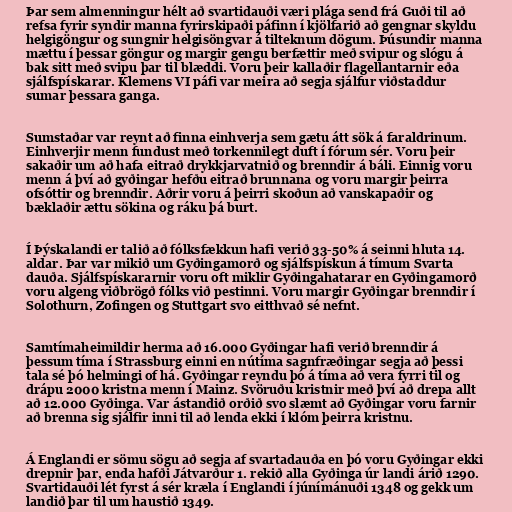
Þar sem almenningur hélt að svartidauði væri plága send frá Guði til að
refsa fyrir syndir manna fyrirskipaði páfinn í kjölfarið að gengnar skyldu
helgigöngur og sungnir helgisöngvar á tilteknum dögum. Þúsundir manna
mættu í þessar göngur og margir gengu berfættir með svipur og slógu á
bak sitt með svipu þar til blæddi. Voru þeir kallaðir flagellantarnir eða
sjálfspískarar. Klemens VI páfi var meira að segja sjálfur viðstaddur
sumar þessara ganga.

Sumstaðar var reynt að finna einhverja sem gætu átt sök á faraldrinum.
Einhverjir menn fundust með torkennilegt duft í fórum sér. Voru þeir
sakaðir um að hafa eitrað drykkjarvatnið og brenndir á báli. Einnig voru
menn á því að gyðingar hefðu eitrað brunnana og voru margir þeirra
ofsóttir og brenndir. Aðrir voru á þeirri skoðun að vanskapaðir og
bæklaðir ættu sökina og ráku þá burt.

Í Þýskalandi er talið að fólksfækkun hafi verið 33-50% á seinni hluta 14.
aldar. Þar var mikið um Gyðingamorð og sjálfspískun á tímum Svarta
dauða. Sjálfspískararnir voru oft miklir Gyðingahatarar en Gyðingamorð
voru algeng viðbrögð fólks við pestinni. Voru margir Gyðingar brenndir í
Solothurn, Zofingen og Stuttgart svo eitthvað sé nefnt.

Samtímaheimildir herma að 16.000 Gyðingar hafi verið brenndir á
þessum tíma í Strassburg einni en nútíma sagnfræðingar segja að þessi
tala sé þó helmingi of há. Gyðingar reyndu þó á tíma að vera fyrri til og
drápu 2000 kristna menn í Mainz. Svöruðu kristnir með því að drepa allt
að 12.000 Gyðinga. Var ástandið orðið svo slæmt að Gyðingar voru farnir
að brenna sig sjálfir inni til að lenda ekki í klóm þeirra kristnu.

Á Englandi er sömu sögu að segja af svartadauða en þó voru Gyðingar ekki
drepnir þar, enda hafði Játvarður 1. rekið alla Gyðinga úr landi árið 1290.
Svartidauði lét fyrst á sér kræla í Englandi í júnímánuði 1348 og gekk um
landið þar til um haustið 1349.